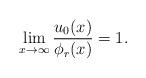
LaTeX: \begin{align*}\lim_{x\to\infty}\frac{u_{0}(x)}{\phi_{r}(x)}=1.\end{align*}